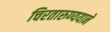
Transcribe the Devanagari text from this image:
चिरतारुण्ययाने